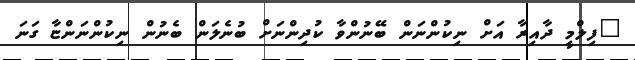
"ފިލްމީ ދާއިރާ އަށް ނިކުންނަން ބޭނުންވާ ކުދިންނަށް ބުނެލަން ބެނުން ނިކުންނަންޏާ ގަނަ